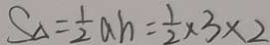
C _ { \Delta } = \frac { 1 } { 2 } a h = \frac { 1 } { 2 } \times 3 \times 2